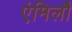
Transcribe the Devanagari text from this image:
एंमिलौ